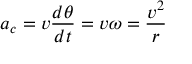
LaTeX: a _ { c } = v { \frac { d \theta } { d t } } = v \omega = { \frac { v ^ { 2 } } { r } }